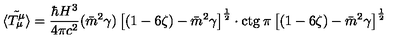
{ \tilde { \langle T _ { \mu } ^ { \mu } \rangle } } = \frac { \hbar H ^ { 3 } } { 4 \pi c ^ { 2 } } ( \bar { m } ^ { 2 } \gamma ) \left\lbrack ( 1 - 6 \zeta ) - \bar { m } ^ { 2 } \gamma \right\rbrack ^ { \frac { 1 } { 2 } } \cdot \mathrm { c t g } \: \pi \left\lbrack ( 1 - 6 \zeta ) - \bar { m } ^ { 2 } \gamma \right\rbrack ^ { \frac { 1 } { 2 } }